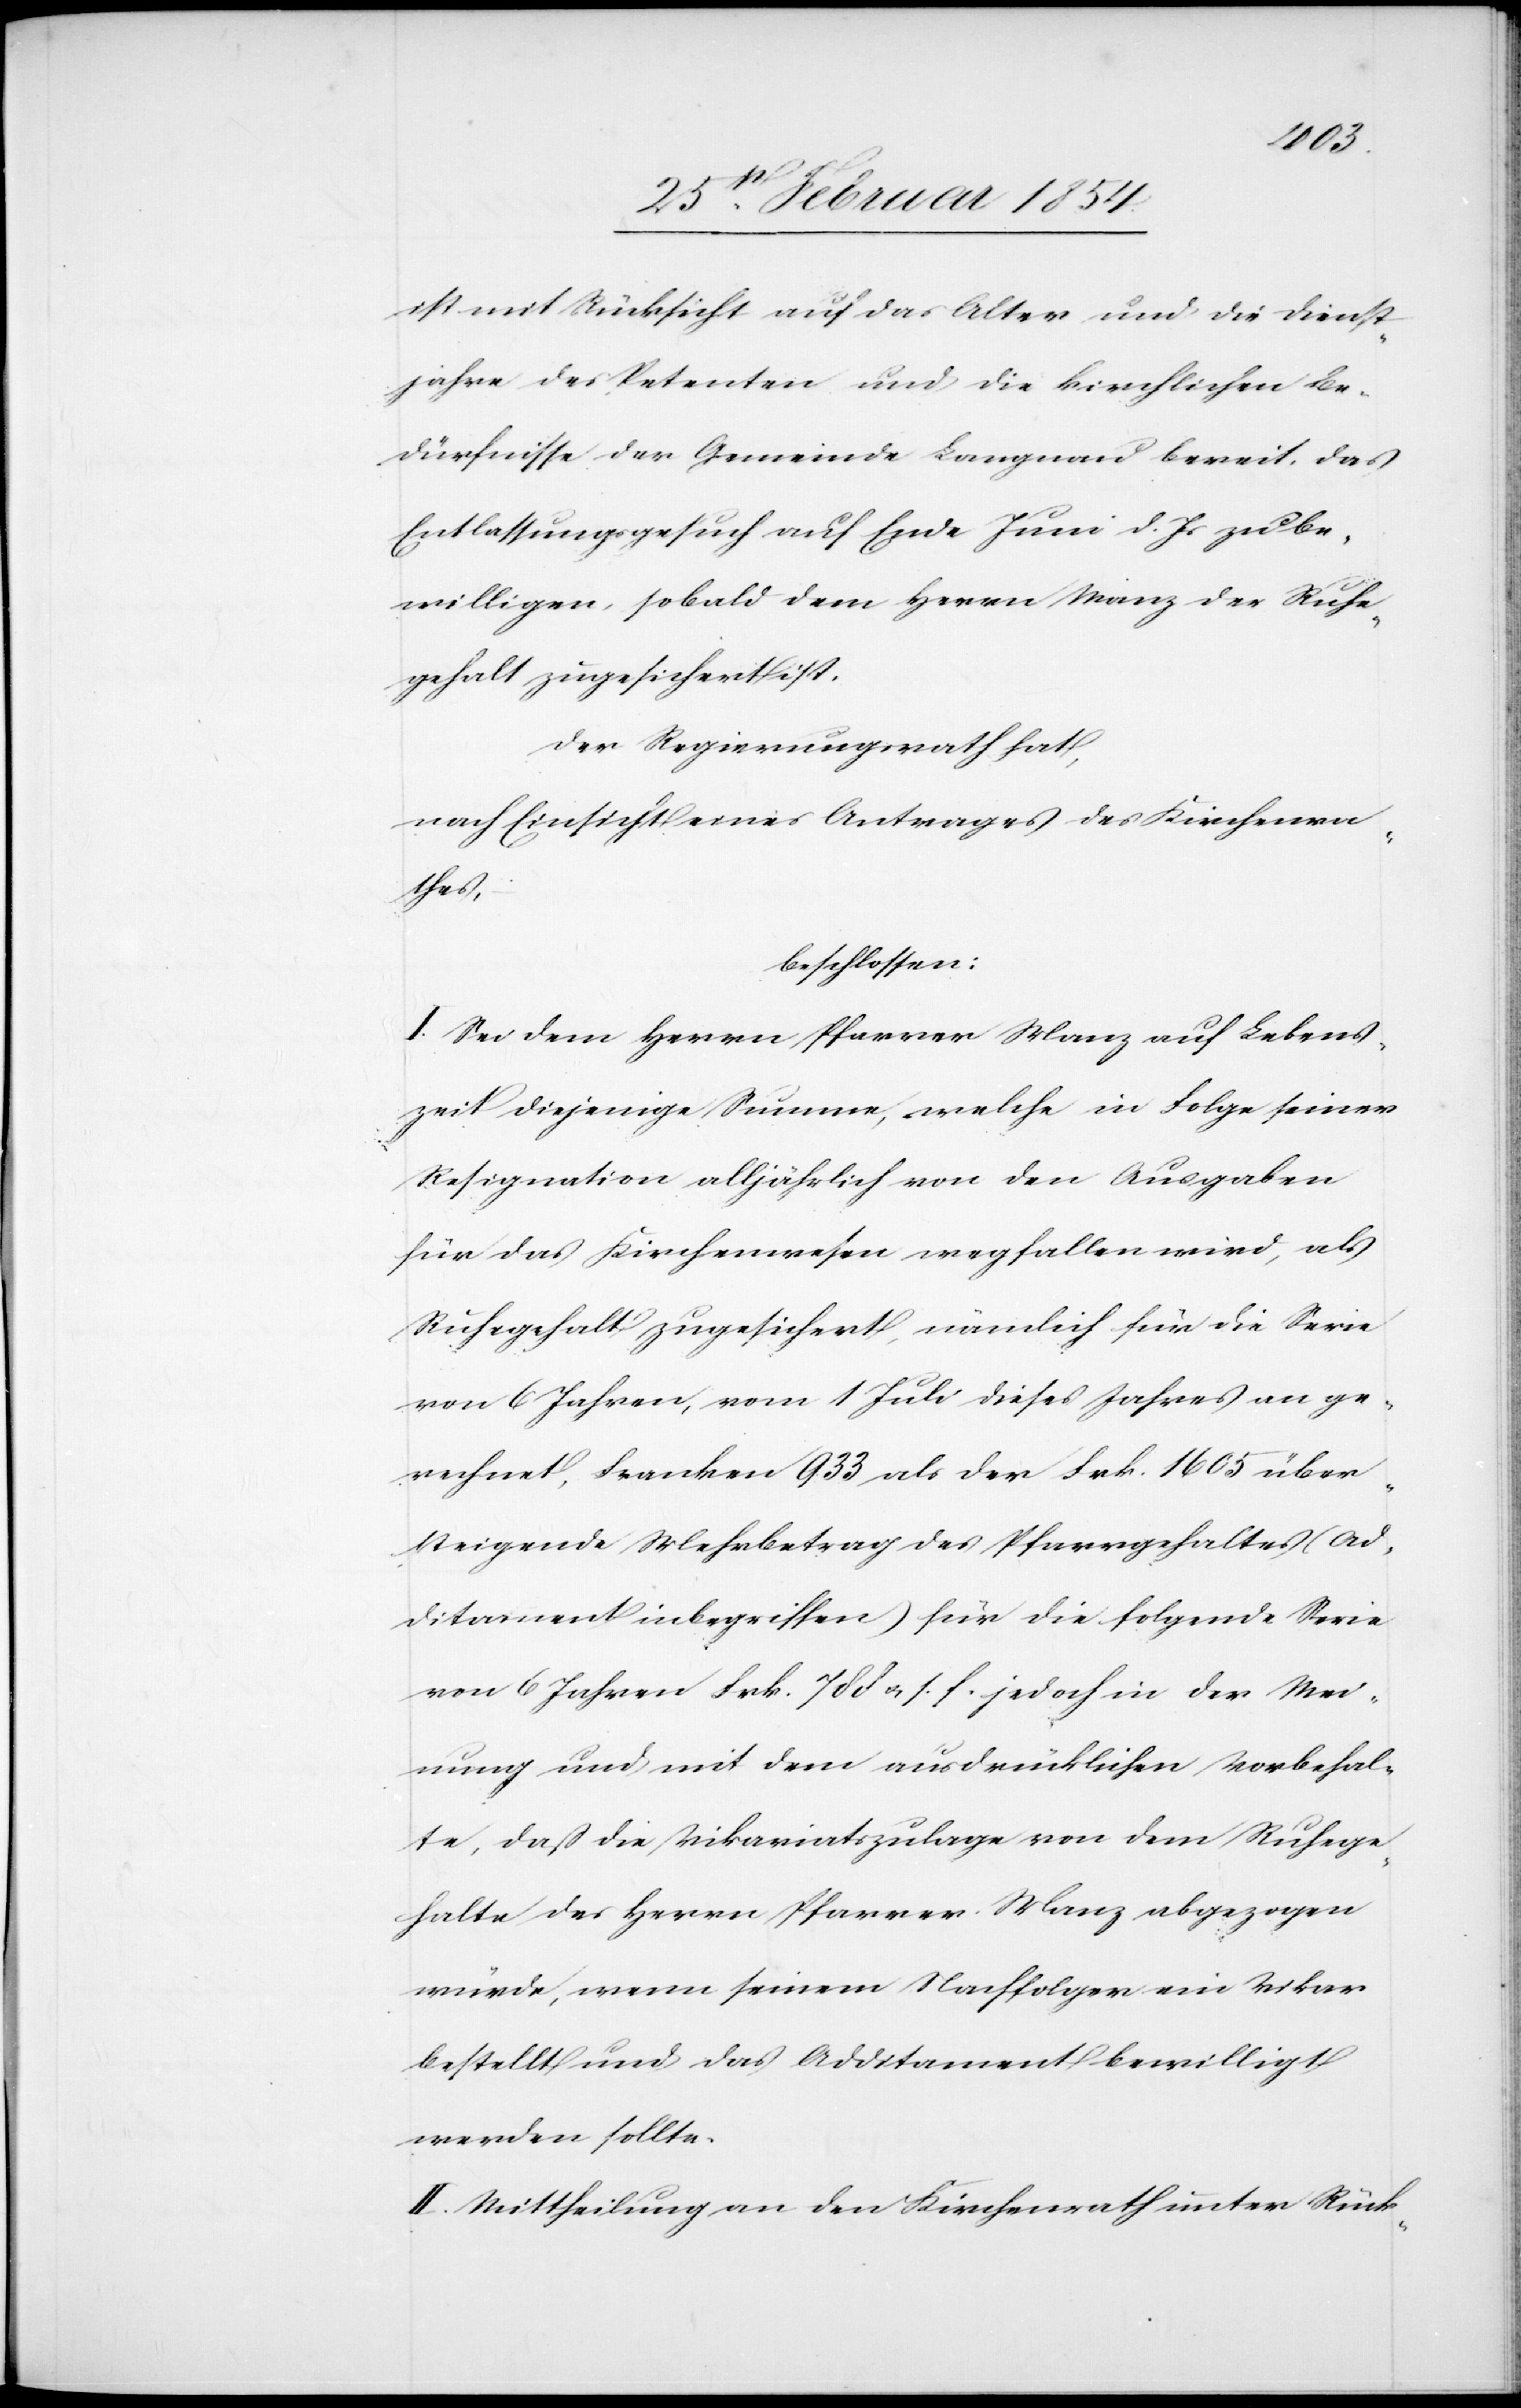
ist mit Rücksicht auf das Alter und die Dienst¬
jahre des Petenten und die kirchlichen Be¬
dürfnisse der Gemeinde Langnau bereit, das
Entlassungsgesuch auf Ende Juni d. Js zu be¬
willigen, sobald dem Herrn Manz der Ruhe¬
gehalt zugesichert ist.
Der Regierungsrath hat,
nach Einsicht eines Antrages des Kirchenra¬
thes
beschlossen:
I. Sei dem Herrn Pfarrer Manz auf Lebens¬
zeit diejenige Summe, welche in Folge seiner
Resignation alljährlich von den Ausgaben
für das Kirchenwesen wegfallen wird, als
Ruhegehalt zugesichert, nämlich für die Serie
von 6 Jahren, vom 1 Juli dieses Jahres an ge¬
rechnet, Franken 933 als der Frk. 1605 über¬
steigende Mehrbetrag des Pfarrgehaltes (Ad¬
ditament inbegriffen) für die folgende Serie
von 6 Jahren Frk. 788 u. s. f. jedoch in der Mei¬
nung und mit dem ausdrücklichen Vorbehal¬
te, daß die Vikariatszulage von dem Ruhege¬
halte des Herrn Pfarrer Manz abgezogen
würde, wenn seinem Nachfolger ein Vikar
bestellt und das Additament bewilligt
werden sollte.
II. Mittheilung an den Kirchenrath unter Rück-